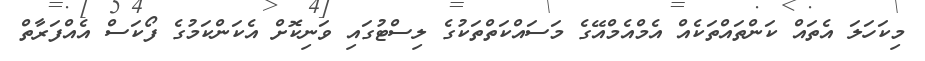
މިކަހަލަ އެތައް ކަންތައްތަކެއް އެމްއެމްއޭގެ މަސައްކަތްތަކުގެ ލިސްޓުގައި ވަނިކޮށް އެކަންކަމުގެ ފޯކަސް އެއްފަރާތް